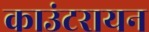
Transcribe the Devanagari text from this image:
काउंटरायन